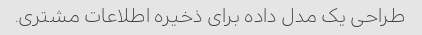
طراحی یک مدل داده برای ذخیره اطلاعات مشتری.